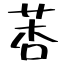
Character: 莕